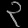
Digit: ၃